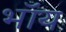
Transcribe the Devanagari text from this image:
भॉय